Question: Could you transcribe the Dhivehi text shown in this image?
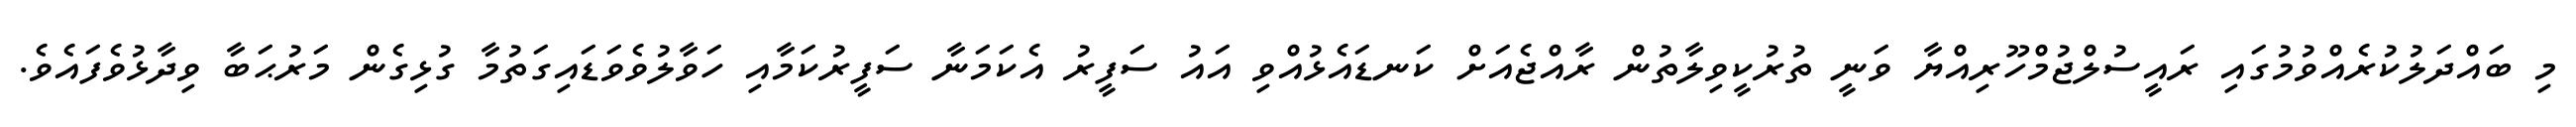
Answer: މި ބައްދަލުކުރެއްވުމުގައި ރައީސުލްޖުމްހޫރިއްޔާ ވަނީ ތުރުކީވިލާތުން ރާއްޖެއަށް ކަނޑައެޅުއްވި އައު ސަފީރު އެކަމަނާ ސަފީރުކަމާއި ހަވާލުވެވަޑައިގަތުމާ ގުޅިގެން މަރުޙަބާ ވިދާޅުވެފައެވެ.